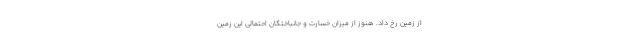
از زمین رخ داد. هنوز از میزان خسارت و جانباختگان احتمالی این زمین